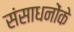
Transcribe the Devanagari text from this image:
संसाधनोंके